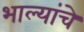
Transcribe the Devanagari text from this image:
भाल्यांचे